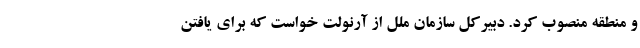
و منطقه منصوب کرد. دبیرکل سازمان ملل از آرنولت خواست که برای یافتن